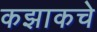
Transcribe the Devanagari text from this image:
कझाकचे